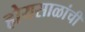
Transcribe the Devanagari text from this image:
होयसाळांची